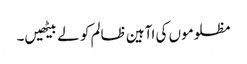
مظلوموں کی اآہین ظالم کو لے بیٹھیں۔